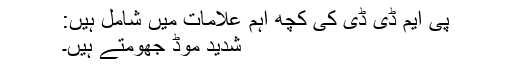
پی ایم ڈی ڈی کی کچھ اہم علامات میں شامل ہیں:
شدید موڈ جھومتے ہیں۔